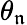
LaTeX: \theta_{\mathfrak{n}}